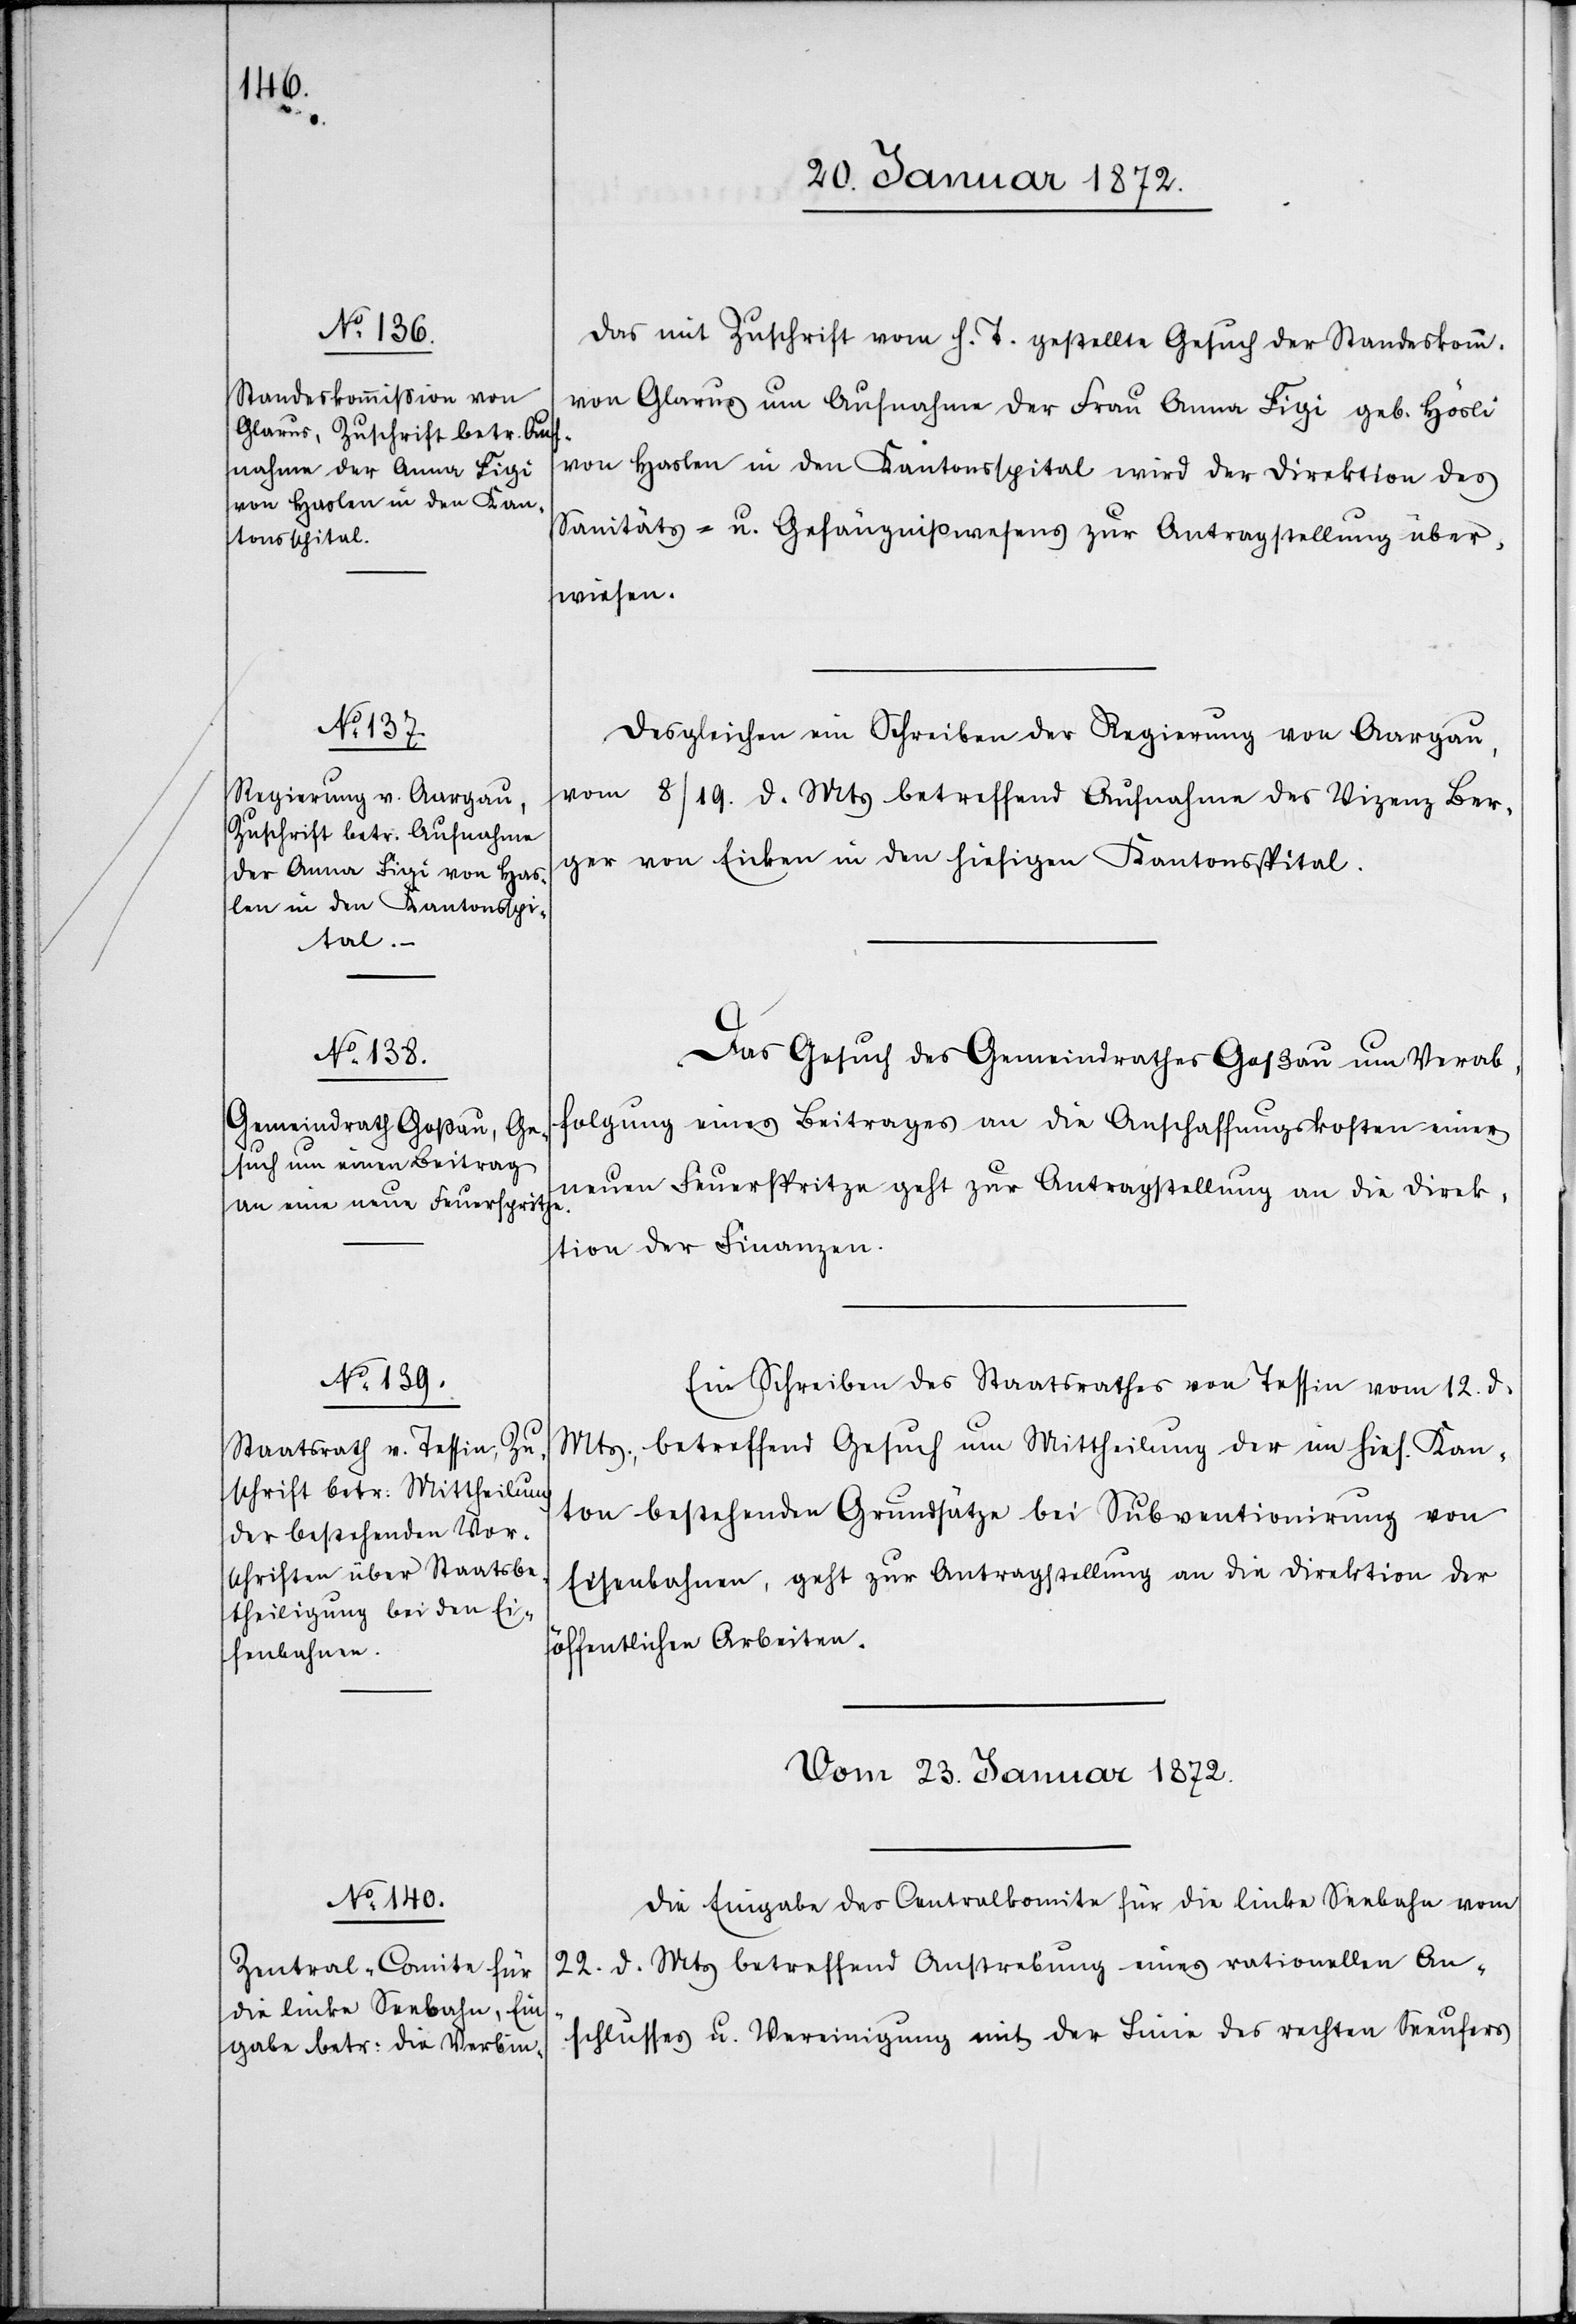
Das mit Zuschrift vom h. T. gestellte Gesuch der Standeskomm.
von Glarus um Aufnahme der Frau Anna Figi geb. Hösli
von Haslen in den Kantonsspital wird der Direktion des
Sanitäts- u. Gefängnißwesens zur Antragstellung über¬
wiesen.
Desgleichen ein Schreiben der Regierung von Aargau,
vom 8/19. d. Mts betreffend Aufnahme des Vizenz Ber¬
ger von Eicken in den hiesigen Kantonsspital.
Das Gesuch des Gemeindrathes Goßau um Verab¬
folgung eines Beitrages an die Anschaffungskosten einer
neuen Feuerspritze geht zur Antragstellung an die Direk¬
tion der Finanzen.
Ein Schreiben des Staatsrathes von Tessin vom 12. d.
Mts., betreffend Gesuch um Mittheilung der im hies. Kan¬
ton bestehenden Grundsätze bei Subventionirung von
Eisenbahnen, geht zur Antragstellung an die Direktion der
öffentlichen Arbeiten.
Vom 23. Januar 1872.
Die Eingabe des Centralkomite für die linke Seebahn vom
22. d. Mts betreffend Anstrebung eines rationellen An¬
schlusses u. Vereinigung mit der Linie des rechten Seeufers